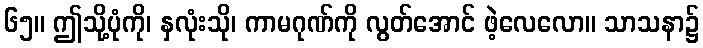
၆၅။ ဤသို့ပုံကို၊ နှလုံးသို၊ ကာမဂုဏ်ကို လွတ်အောင် ဖဲ့လေလော။ သာသနာ၌